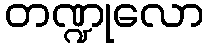
တဏ္ဍုလော